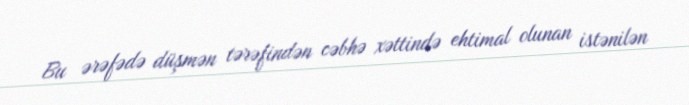
Bu ərəfədə düşmən tərəfindən cəbhə xəttində ehtimal olunan istənilən